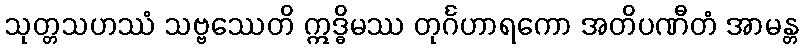
သုတ္တသဟဿံ သဗ္ဗဿေတိ ဣဒ္ဓိမဿ တုင်္ဂဟာရကော အတိပဏီတံ အာမန္တ